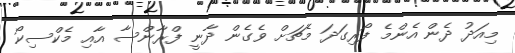
މިއަދު ދެން އެންމެ ފޯރިގަދަ މެޗަށް ވެގެން ދާނީ ފްރާންސާ އާއި މެކްސިކޯ